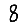
Digit: 8